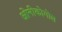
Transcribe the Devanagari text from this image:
ओनीकोगोल